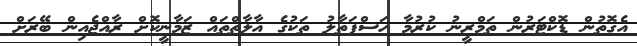
އެގޮތުން ޑޮކްޓަރުން ތަމްރީނު ކުރުމާ ހަސްފަތާލު ތަކުގެ އާލާތްތައް ޒަމާނީކޮށް ރާއްޖެއިން ބޭރަށް